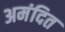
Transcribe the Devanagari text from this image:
अमंदित